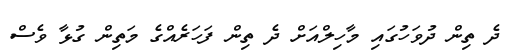
ދެ ތިން ދުވަހުގައި މާހިލްއަށް ދެ ތިން ފަހަރެއްގެ މަތިން ގުޅާ ވެސް